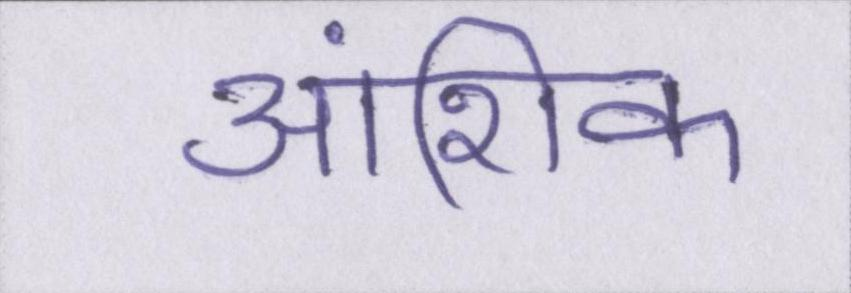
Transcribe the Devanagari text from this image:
आंशिक